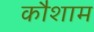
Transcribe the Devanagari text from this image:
कौशाम